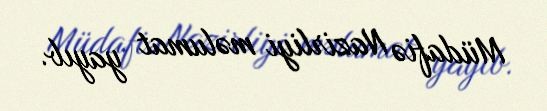
Müdafiə Nazirliyi məlumat yayıb.